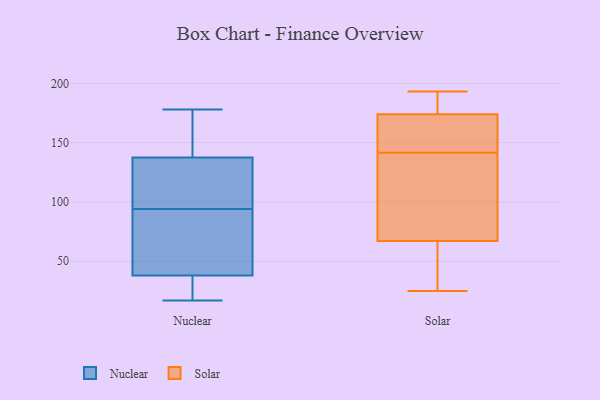
{"axis": {"x": "Production Output", "y": "Value"}, "legend": ["Nuclear", "Solar"], "data": [{"x": "", "y": 178, "type": "Nuclear"}, {"x": "", "y": 126, "type": "Nuclear"}, {"x": "", "y": 174, "type": "Nuclear"}, {"x": "", "y": 94, "type": "Nuclear"}, {"x": "", "y": 35, "type": "Nuclear"}, {"x": "", "y": 28, "type": "Nuclear"}, {"x": "", "y": 47, "type": "Nuclear"}, {"x": "", "y": 17, "type": "Nuclear"}, {"x": "", "y": 66, "type": "Nuclear"}, {"x": "", "y": 130, "type": "Nuclear"}, {"x": "", "y": 140, "type": "Nuclear"}, {"x": "", "y": 160, "type": "Solar"}, {"x": "", "y": 174, "type": "Solar"}, {"x": "", "y": 174, "type": "Solar"}, {"x": "", "y": 27, "type": "Solar"}, {"x": "", "y": 189, "type": "Solar"}, {"x": "", "y": 135, "type": "Solar"}, {"x": "", "y": 45, "type": "Solar"}, {"x": "", "y": 134, "type": "Solar"}, {"x": "", "y": 191, "type": "Solar"}, {"x": "", "y": 73, "type": "Solar"}, {"x": "", "y": 148, "type": "Solar"}, {"x": "", "y": 67, "type": "Solar"}, {"x": "", "y": 152, "type": "Solar"}, {"x": "", "y": 25, "type": "Solar"}, {"x": "", "y": 32, "type": "Solar"}, {"x": "", "y": 193, "type": "Solar"}, {"x": "", "y": 123, "type": "Solar"}, {"x": "", "y": 179, "type": "Solar"}]}